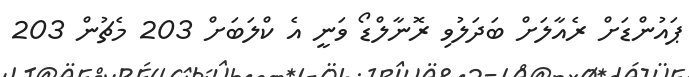
ޕައުންޑަށް ރެއާލަށް ބަދަލުވި ރޮނާލްޑޯ ވަނީ އެ ކްލަބަށް 203 މެޗުން 203